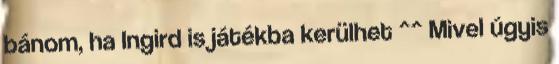
bánom, ha Ingird is játékba kerülhet ^^ Mivel úgyis